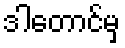
ဒါတောင်မှ